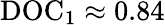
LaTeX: \mathrm{DOC}_{1}\approx 0.84